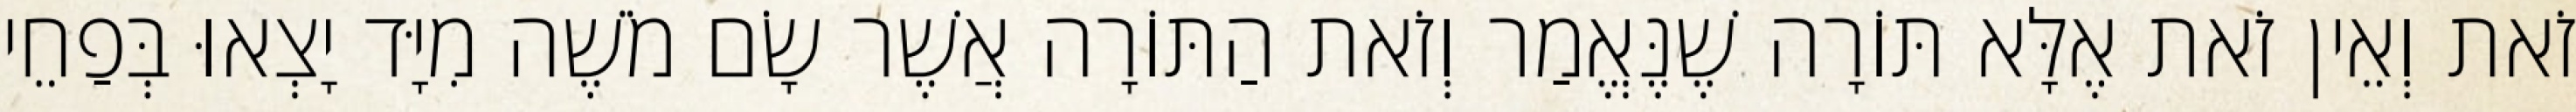
זֹאת וְאֵין זֹאת אֶלָּא תּוֹרָה שֶׁנֶּאֱמַר וְזֹאת הַתּוֹרָה אֲשֶׁר שָׂם מֹשֶׁה מִיָּד יָצְאוּ בְּפַחֵי